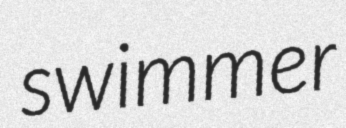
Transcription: swimmer